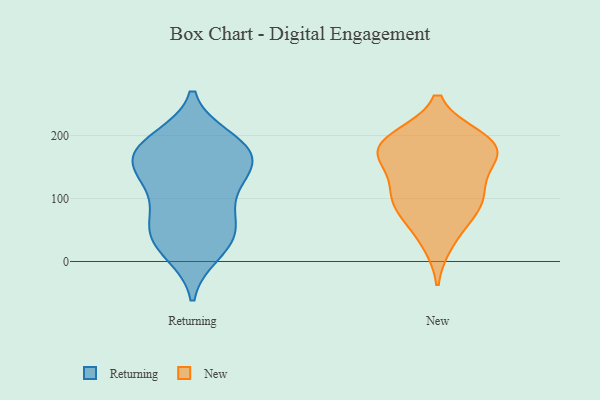
{"axis": {"x": "Inventory Turnover", "y": "Value"}, "legend": ["New", "Returning"], "data": [{"x": "", "y": 148, "type": "Returning"}, {"x": "", "y": 163, "type": "Returning"}, {"x": "", "y": 21, "type": "Returning"}, {"x": "", "y": 143, "type": "Returning"}, {"x": "", "y": 43, "type": "Returning"}, {"x": "", "y": 116, "type": "Returning"}, {"x": "", "y": 92, "type": "Returning"}, {"x": "", "y": 39, "type": "Returning"}, {"x": "", "y": 194, "type": "Returning"}, {"x": "", "y": 168, "type": "Returning"}, {"x": "", "y": 14, "type": "Returning"}, {"x": "", "y": 187, "type": "Returning"}, {"x": "", "y": 184, "type": "Returning"}, {"x": "", "y": 136, "type": "Returning"}, {"x": "", "y": 61, "type": "Returning"}, {"x": "", "y": 178, "type": "Returning"}, {"x": "", "y": 64, "type": "Returning"}, {"x": "", "y": 180, "type": "New"}, {"x": "", "y": 102, "type": "New"}, {"x": "", "y": 195, "type": "New"}, {"x": "", "y": 65, "type": "New"}, {"x": "", "y": 163, "type": "New"}, {"x": "", "y": 189, "type": "New"}, {"x": "", "y": 172, "type": "New"}, {"x": "", "y": 113, "type": "New"}, {"x": "", "y": 97, "type": "New"}, {"x": "", "y": 160, "type": "New"}, {"x": "", "y": 192, "type": "New"}, {"x": "", "y": 31, "type": "New"}, {"x": "", "y": 94, "type": "New"}]}